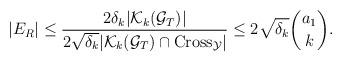
LaTeX: \begin{align*}|E_R|\le \frac{2\delta_k |\mathcal K_k(\mathcal G_T)|}{2\sqrt{\delta_k} |\mathcal K_k(\mathcal G_T) \cap \mathrm{Cross}_{\mathcal Y}|}\le 2\sqrt{\delta_k} \binom{a_1}{k}. \end{align*}